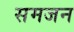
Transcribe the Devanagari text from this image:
समजन